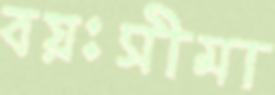
বয়ঃসীমা